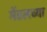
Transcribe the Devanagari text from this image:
मेंडलच्या